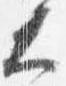
大